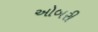
ઓબરી